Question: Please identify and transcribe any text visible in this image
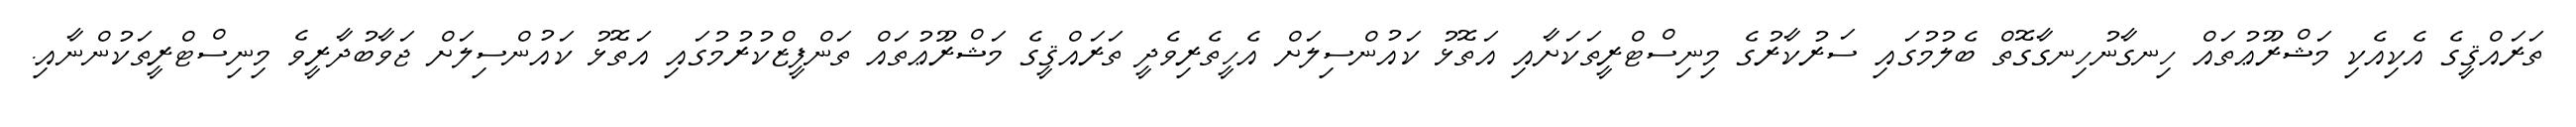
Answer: ތަރައްޤީގެ އެކިއެކި މަޝްރޫޢުތައް ހިނގާނުހިނގާގޮތް ބެލުމުގައި ސަރުކާރުގެ މިނިސްޓްރީތަކަށާއި އަތޮޅު ކައުންސިލަށް އެހީތެރިވެދީ ތަރައްޤީގެ މަޝްރޫޢުތައް ތަންފީޒްކުރުމުގައި އަތޮޅު ކައުންސިލަށް ޖަވާބުދާރީވެ މިނިސްޓްރީތަކުންނާއި.